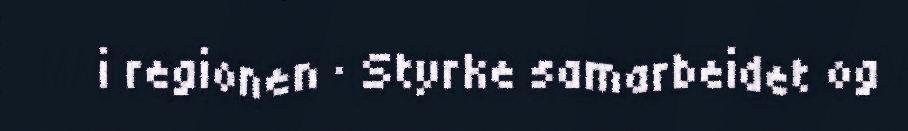
i regionen · Styrke samarbeidet og